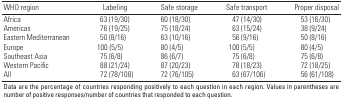
| WHO region | Labeling | Safe storage | Safe transport | Proper disposal |
 | --- | --- | --- | --- | --- |
 | Africa |  | 63 (19/30) |  | 60 (18/30) |  | 47 (14/30) |  | 53 (16/30) |
 | Americas |  | 76 (19/25) |  | 75 (18/24) |  | 63 (15/24) |  | 38 (9/24) |
 | Eastern Mediterranean |  | 50 (8/16) |  | 63 (10/16) |  | 56 (9/16) |  | 50 (8/16) |
 | Europe |  | 100 (5/5) |  | 80 (4/5) |  | 100 (5/5) |  | 80 (4/5) |
 | Southeast Asia |  | 75 (6/8) |  | 86 (6/7) |  | 75 (6/8) |  | 75 (6/8) |
 | Western Pacific |  | 88 (21/24) |  | 87 (20/23) |  | 78 (18/23) |  | 72 (18/25) |
 | All |  | 72 (78/108) |  | 72 (76/105) |  | 63 (67/106) |  | 56 (61/108) |
 | <COLSPAN=9> Data are the percentage of countries responding positively to each question in each region. Values in parentheses are number of positive responses/number of countries that responded to each question. |